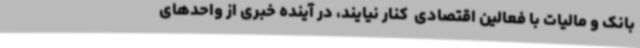
بانک و مالیات با فعالین اقتصادی  کنار نیایند، در آینده خبری از واحدهای